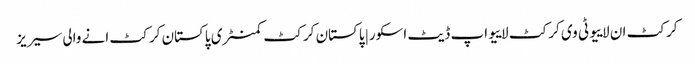
کرکٹ ان لاییو ٹی وی کرکٹ لاییو اپ ڈیٹ اسکور | پاکستان کرکٹ کمنٹری پاکستان کرکٹ انے والی سیریز